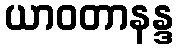
ယာဝတာနန္ဒ